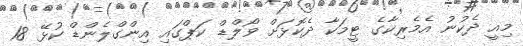
މިއީ ދެކުނު އެމެރިކާގެ ޓީމަކާ ދެކޮޅަށް ވޯލްޑް ކަޕްގައި އިންގްލެންޑް ކުޅޭ 18